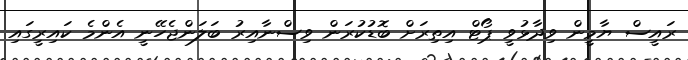
ރައީސް ޔާމީން ވިދާޅުވީ ޕޯޓް އިތިރަށް ބޮޑުކުރަން ވިސްނާއިރު ބަލަންޖެހޭނީ އެންމެ ކައިރީގައި